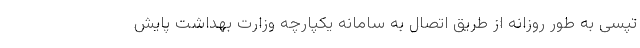
تپسی به طور روزانه از طریق اتصال به سامانه یکپارچه وزارت بهداشت پایش